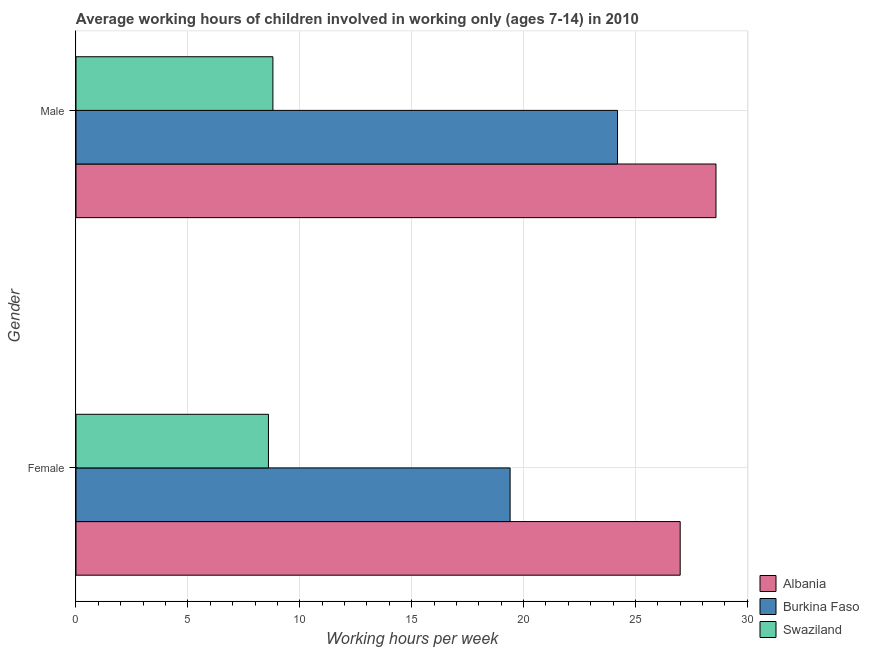
| Gender | Albania | Burkina Faso | Swaziland |
 | --- | --- | --- | --- |
 | Female | 27 | 19.4 | 8.6 |
 | Male | 28.6 | 24.2 | 8.8 |